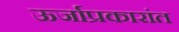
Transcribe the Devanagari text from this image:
ऊर्जाप्रकारांत